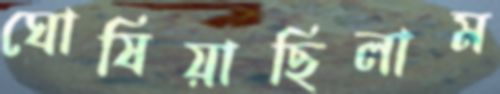
ঘোষিয়াছিলাম